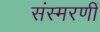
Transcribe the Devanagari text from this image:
संस्मरणीं